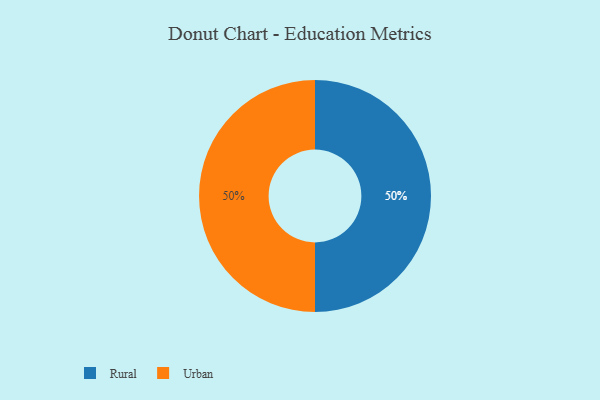
{"axis": {"x": "Category", "y": "Percentage"}, "legend": ["Rural", "Urban"], "data": [{"x": "Rural", "y": 50, "type": "Rural"}, {"x": "Urban", "y": 50, "type": "Urban"}]}